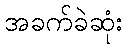
အခက်ခဲဆုံး